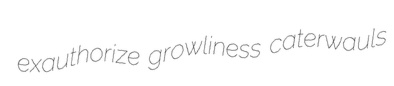
exauthorize growliness caterwauls